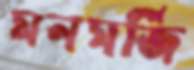
মনমর্জি